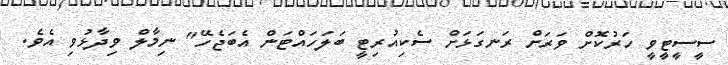
ސީސީޓީވީ ހަރުކޮށް ވަރަށް ރަނގަޅަށް ސެކިއުރިޓީ ބަލަހައްޓަން އެބަޖެހޭ" ނިމާލް ވިދާޅުވި އެވެ.